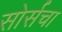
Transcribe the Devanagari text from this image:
सोर्सचा